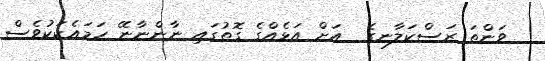
ވަންތަ ރަސްކަލާނގެ  އަށް އަޅެއްގެ ގޮތުގައި ނާންނާނޭ ހަމައެކަކުވެސް